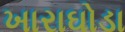
ખારાઘોડા